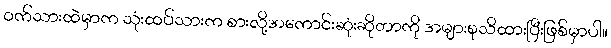
၀က်သားထဲမှာက သုံးထပ်သားက စားလို့အကောင်းဆုံးဆိုတာကို အများစုသိထားပြီးဖြစ်မှာပါ။